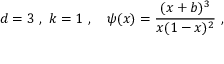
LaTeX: d = 3 \ , \ k = 1 \ , \ \ \ \psi ( x ) = \frac { ( x + b ) ^ { 3 } } { x ( 1 - x ) ^ { 2 } } \ ,